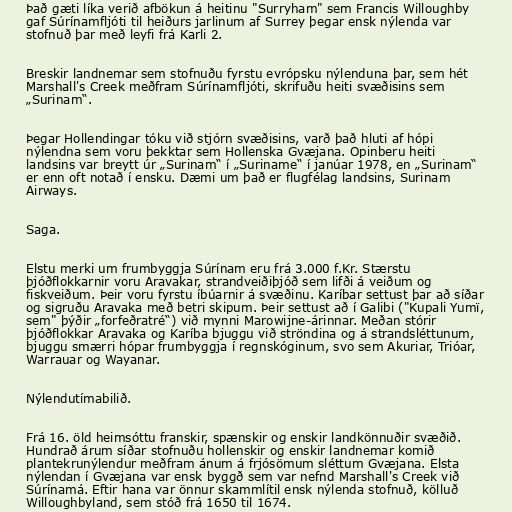
Það gæti líka verið afbökun á heitinu "Surryham" sem Francis Willoughby
gaf Súrínamfljóti til heiðurs jarlinum af Surrey þegar ensk nýlenda var
stofnuð þar með leyfi frá Karli 2.

Breskir landnemar sem stofnuðu fyrstu evrópsku nýlenduna þar, sem hét
Marshall's Creek meðfram Súrínamfljóti, skrifuðu heiti svæðisins sem
„Surinam“.

Þegar Hollendingar tóku við stjórn svæðisins, varð það hluti af hópi
nýlendna sem voru þekktar sem Hollenska Gvæjana. Opinberu heiti
landsins var breytt úr „Surinam“ í „Suriname“ í janúar 1978, en „Surinam“
er enn oft notað í ensku. Dæmi um það er flugfélag landsins, Surinam
Airways.

Saga.

Elstu merki um frumbyggja Súrínam eru frá 3.000 f.Kr. Stærstu
þjóðflokkarnir voru Aravakar, strandveiðiþjóð sem lifði á veiðum og
fiskveiðum. Þeir voru fyrstu íbúarnir á svæðinu. Karíbar settust þar að síðar
og sigruðu Aravaka með betri skipum. Þeir settust að í Galibi ("Kupali Yumï,
sem" þýðir „forfeðratré“) við mynni Marowijne-árinnar. Meðan stórir
þjóðflokkar Aravaka og Karíba bjuggu við ströndina og á strandsléttunum,
bjuggu smærri hópar frumbyggja í regnskóginum, svo sem Akuriar, Trióar,
Warrauar og Wayanar.

Nýlendutímabilið.

Frá 16. öld heimsóttu franskir, spænskir og enskir landkönnuðir svæðið.
Hundrað árum síðar stofnuðu hollenskir og enskir landnemar komið
plantekrunýlendur meðfram ánum á frjósömum sléttum Gvæjana. Elsta
nýlendan í Gvæjana var ensk byggð sem var nefnd Marshall's Creek við
Súrínamá. Eftir hana var önnur skammlítil ensk nýlenda stofnuð, kölluð
Willoughbyland, sem stóð frá 1650 til 1674.